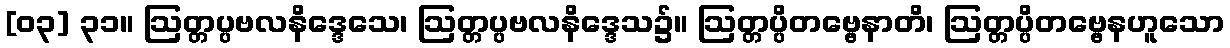
[၀၃] ၃၁။ ဩတ္တပ္ပဗလနိဒ္ဒေသေ၊ ဩတ္တပ္ပဗလနိဒ္ဒေသ၌။ ဩတ္တပ္ပိတဗ္ဗေနာတိ၊ ဩတ္တပ္ပိတဗ္ဗေနဟူသော